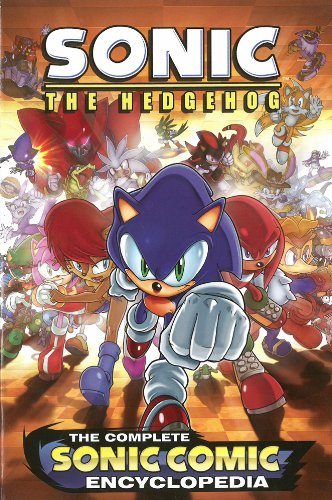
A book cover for The Complete Sonic the Hedgehog Comic Encyclopedia; Sonic Scribes; Children's Books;